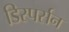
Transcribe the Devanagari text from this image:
डिस्पर्सन